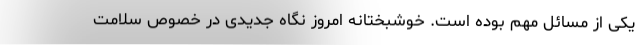
یکی از مسائل مهم بوده است. خوشبختانه امروز نگاه جدیدی در خصوص سلامت